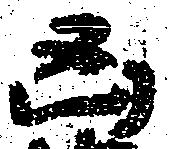
凶